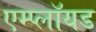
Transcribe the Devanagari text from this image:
एम्प्लॉयड